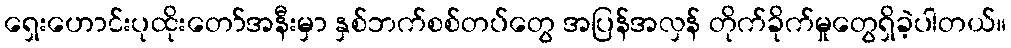
ရှေးဟောင်းပုထိုးတော်အနီးမှာ နှစ်ဘက်စစ်တပ်တွေ အပြန်အလှန် တိုက်ခိုက်မှုတွေရှိခဲ့ပါတယ်။